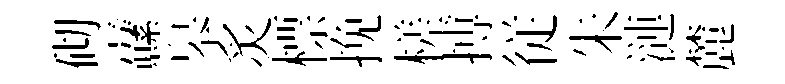
砌纛皋炙標挽槎搏従朱漣麓